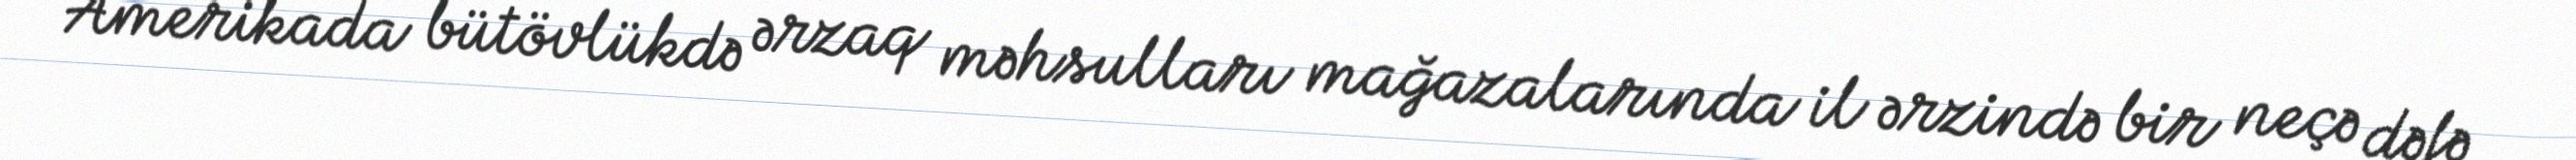
Amerikada bütövlükdə ərzaq məhsulları mağazalarında il ərzində bir neçə dəfə